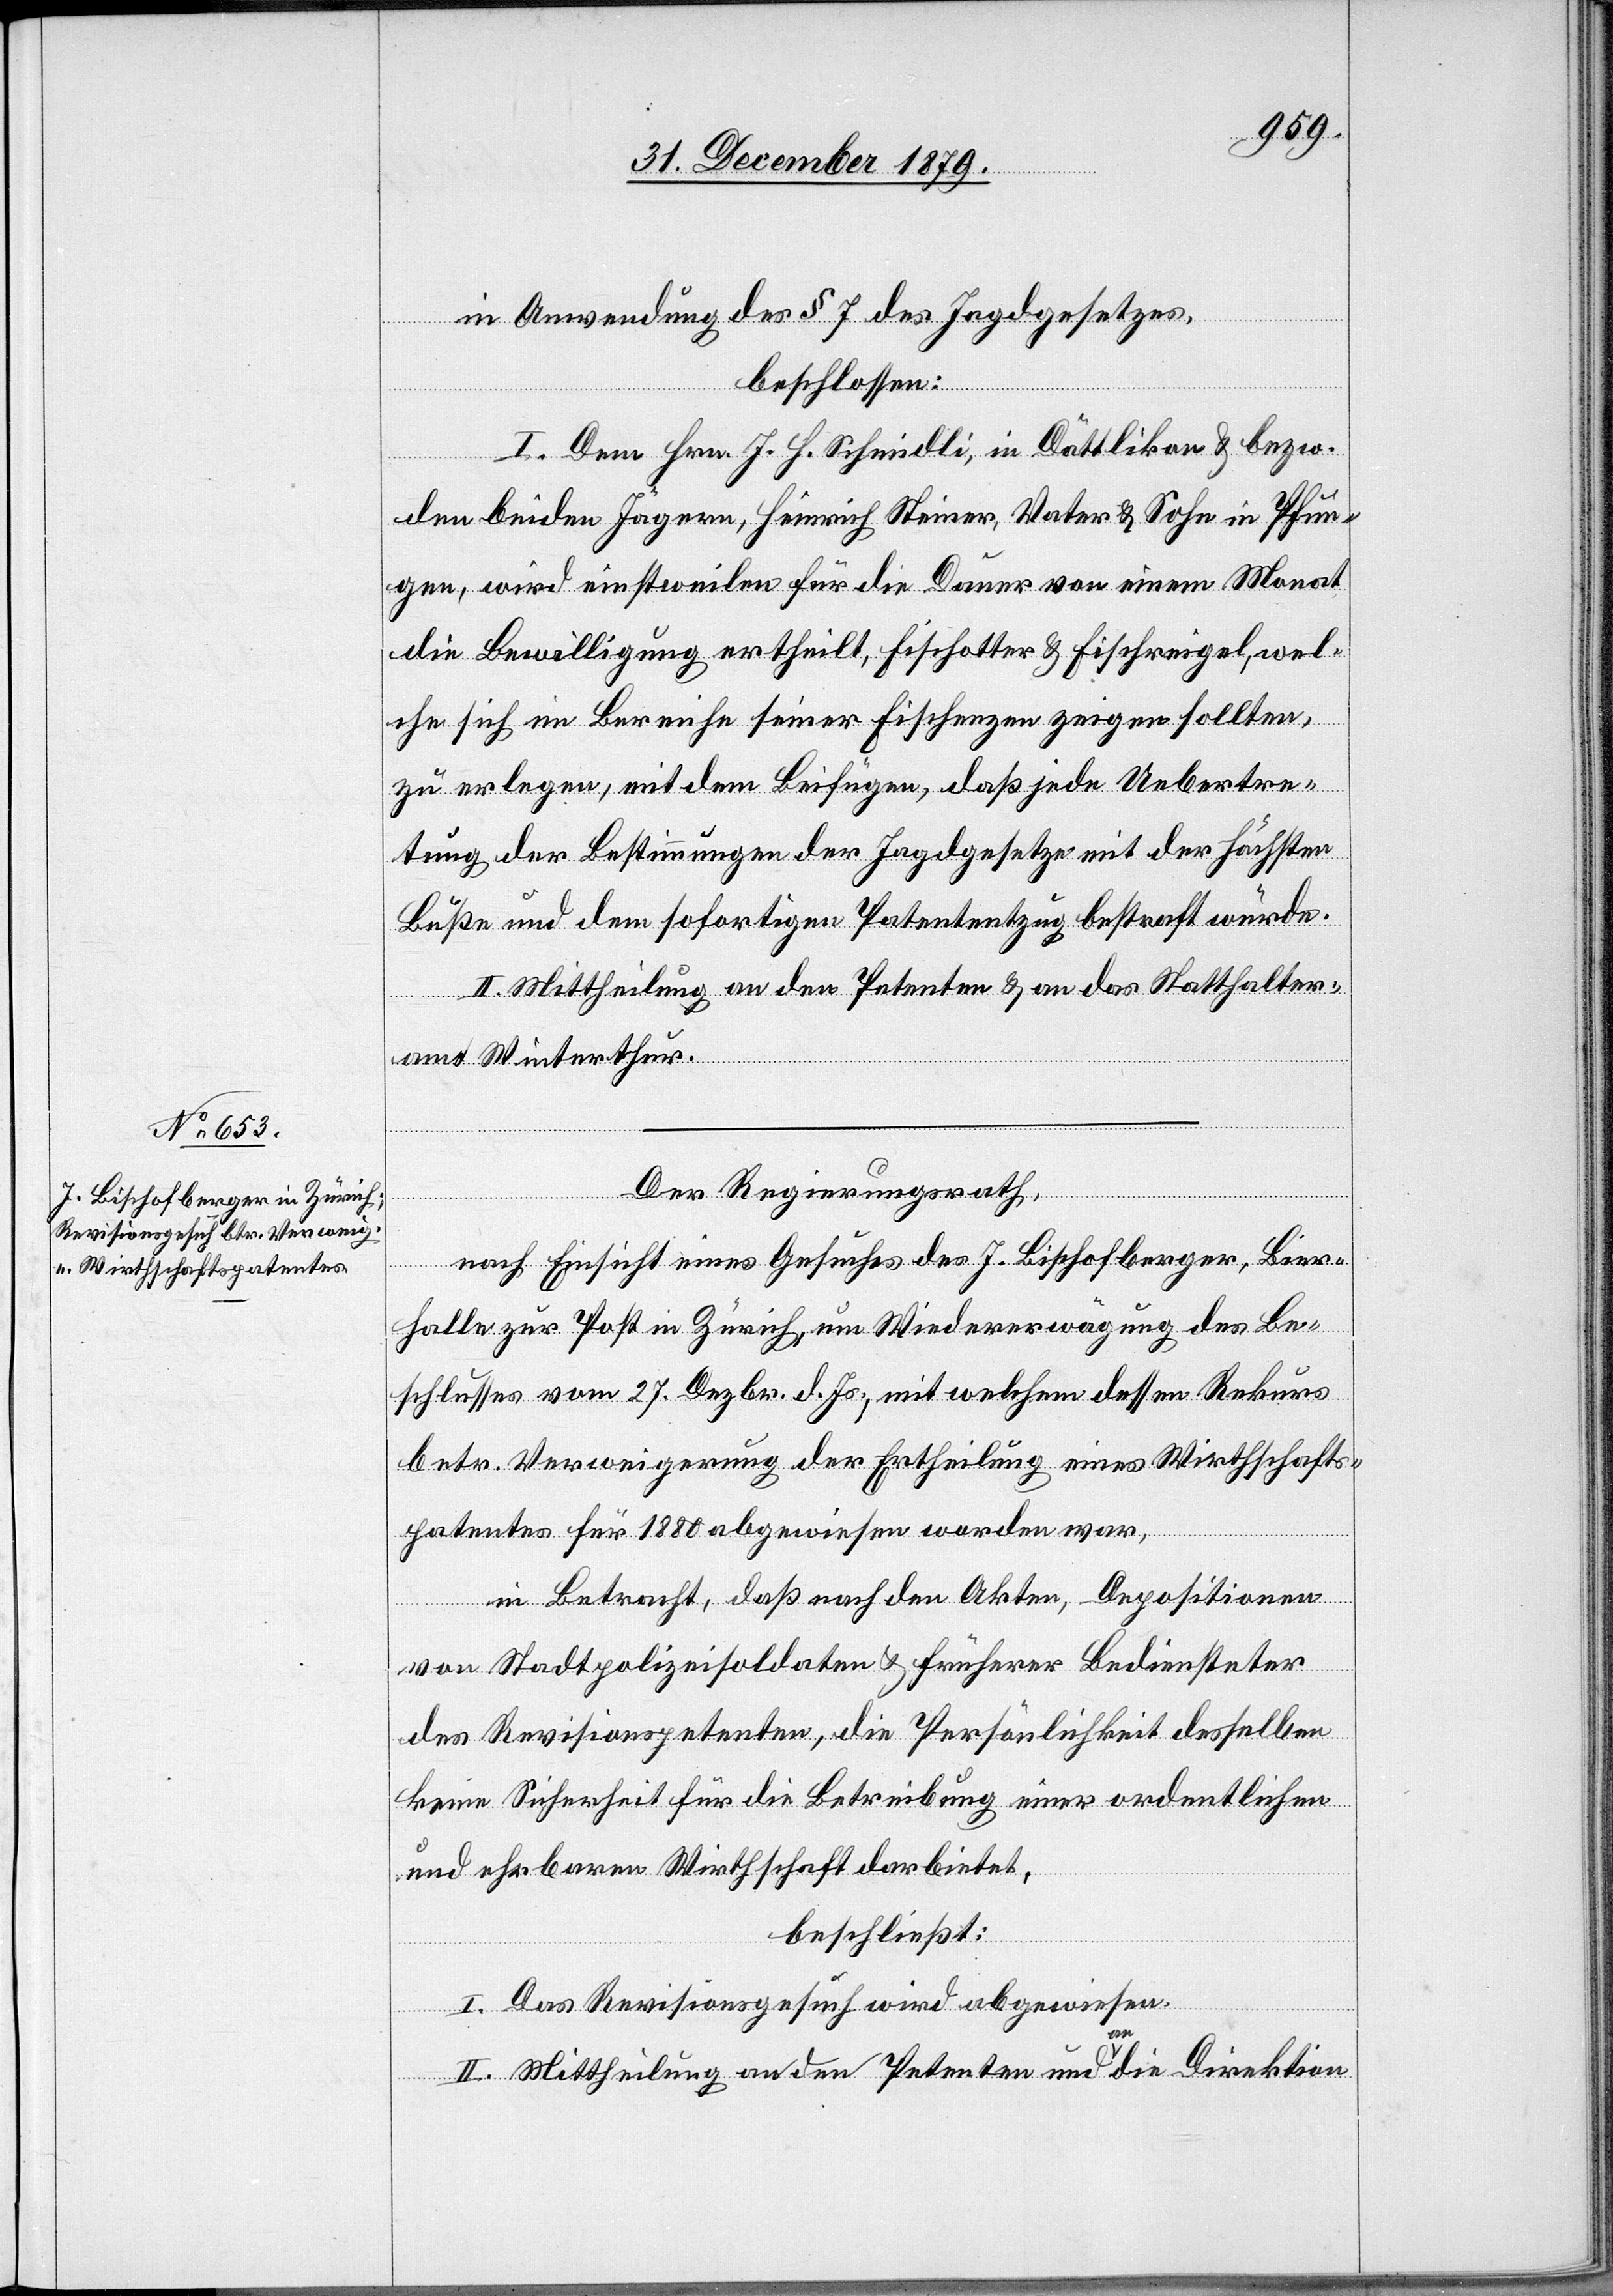
in Anwendung des § 7 des Jagdgesetzes,
beschlossen:
I. Dem Hrn. J. H. Schmidli, in Dättlikon & bezw.
den beiden Jägern, Heinrich Steiner, Vater & Sohn in Pfun¬
gen, wird einstweilen für die Dauer von einem Monat
die Bewilligung ertheilt, Fischotter & Fischreigel, wel¬
che sich im Bereiche seiner Fischenzen zeigen sollten,
zu erlegen, mit dem Beifügen, daß jede Uebertre¬
tung der Bestimmungen der Jagdgesetze mit der höchsten
Buße und dem sofortigen Patententzug bestraft würde.
II. Mittheilung an den Petenten & an das Statthalter¬
amt Winterthur.
Der Regierungsrath,
nach Einsicht eines Gesuches des J. Bischofberger, Bier¬
halle zur Post in Zürich, um Wiedererwägung des Be¬
schlusses vom 27. Dezbr. d. Js., mit welchem dessen Rekurs
betr. Verweigerung der Ertheilung eines Wirthschafts¬
patentes für 1880 abgewiesen worden war,
in Betracht, daß nach den Akten, Depositionen
von Stadtpolizeisoldaten & früherer Bediensteter
des Revisionspetenten, die Persönlichkeit desselben
keine Sicherheit für die Betreibung einer ordentlichen
und ehrbaren Wirthschaft darbietet,
beschließt:
I. Das Revisionsgesuch wird abgewiesen.
II. Mittheilung an den Petenten und an die Direktion